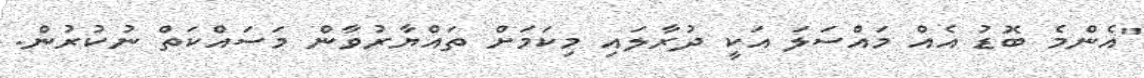
"އެންމެ ބޮޑު އެއް މައްސަލަ އަކީ ދުރާލައި މިކަމަށް ތައްޔާރުވާން މަސައްކަތް ނުކުރުން.